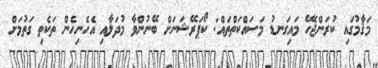
މަޤާމުގައި ކުރަންޖެހޭ މައިގަނޑު މަސައްކަތްތައް: ކޯޕަރޭޝަނަށް ބޭނުންވާ މުދަލާއި އެހެނިހެން ތަކެތި ގަތުމަށް